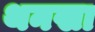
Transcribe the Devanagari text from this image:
थनखा